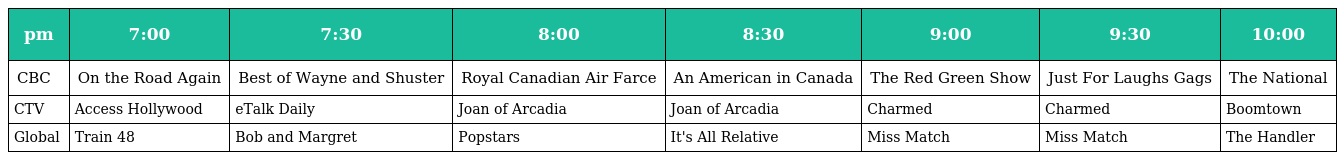
| pm | 7:00 | 7:30 | 8:00 | 8:30 | 9:00 | 9:30 | 10:00 |
 | --- | --- | --- | --- | --- | --- | --- | --- |
 | CBC | On the Road Again | Best of Wayne and Shuster | Royal Canadian Air Farce | An American in Canada | The Red Green Show | Just For Laughs Gags | The National |
 | CTV | Access Hollywood | eTalk Daily | Joan of Arcadia | Joan of Arcadia | Charmed | Charmed | Boomtown |
 | Global | Train 48 | Bob and Margret | Popstars | It's All Relative | Miss Match | Miss Match | The Handler |